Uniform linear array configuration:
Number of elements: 64
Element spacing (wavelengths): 1
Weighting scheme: hamming
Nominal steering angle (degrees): -60
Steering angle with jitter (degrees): -60.803
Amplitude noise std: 0.05
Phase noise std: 0.05

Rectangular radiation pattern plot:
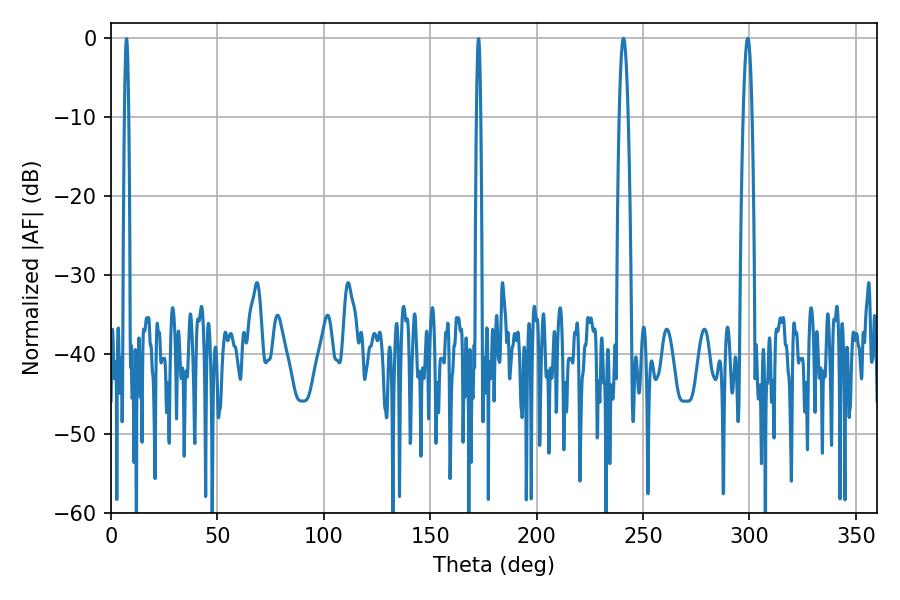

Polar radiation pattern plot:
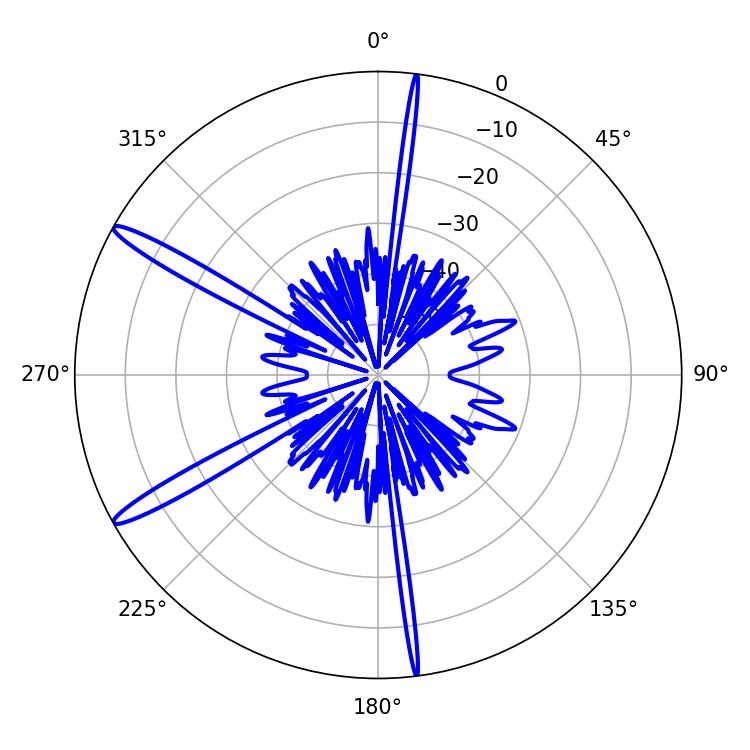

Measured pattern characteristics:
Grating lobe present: TRUE
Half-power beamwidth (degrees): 2.16
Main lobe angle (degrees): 299.16